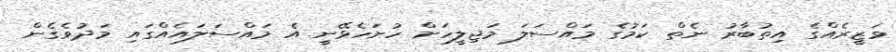
ވަޒީރެއްގެ އިތުބާރު ނެތް ކަމުގެ މައްސަލަ މަޖިލީހަށް ހުށަހެޅޭނީ އެ މައްސަލައެއްގައި މަދުވެގެން